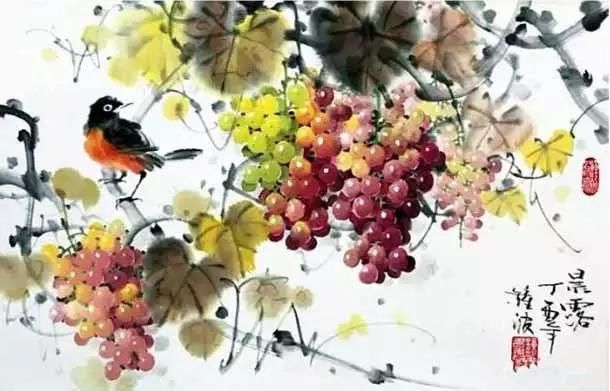
明朝望乡处，应见陇头梅。